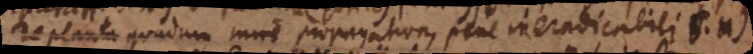
De planta quadam mire propagativa pene ineradicabili S.H)